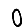
Digit: 0